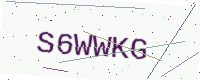
Text: S6WWKG